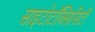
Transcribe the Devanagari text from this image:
साइटोटॉक्सिसिटी